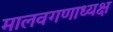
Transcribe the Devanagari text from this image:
मालवगणाध्यक्ष